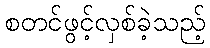
စတင်ဖွင့်လှစ်ခဲ့သည့်